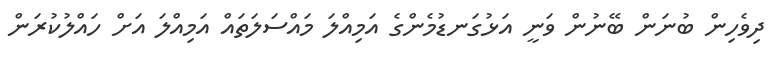
ދިވެހިން ބުނަން ބޭނުން ވަނީ އަޅުގަނޑުމެންގެ އަމިއްލަ މައްސަލަތައް އަމިއްލަ އަށް ހައްލުކުރަން